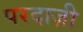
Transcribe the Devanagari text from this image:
परदाज़ी